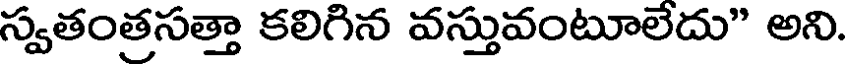
స్వతంత్రసత్తా కలిగిన వస్తువంటూలేదు" అని.